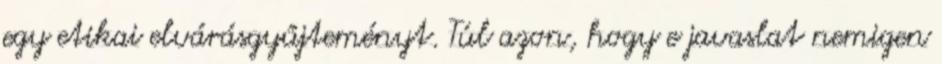
egy etikai elvárásgyűjteményt. Túl azon, hogy e javaslat nemigen